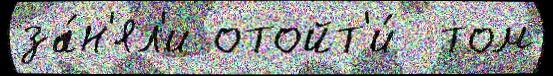
за́н'ял'и отойт'и́  том